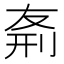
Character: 𠝊